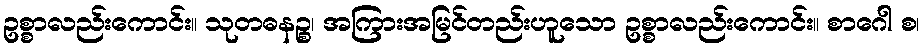
ဥစ္စာလည်းကောင်း။ သုတဓနဉ္စ၊ အကြားအမြင်တည်းဟူသော ဥစ္စာလည်းကောင်း။ စာဂေါ စ၊